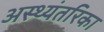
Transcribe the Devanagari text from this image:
अस्थ्यंतरिका